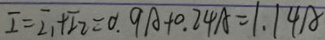
I = I _ { 1 } + I _ { 2 } = 0 . 9 A + 0 . 2 4 A = 1 . 1 4 A